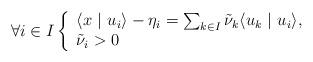
LaTeX: \begin{align*}\forall i \in I\left\{\begin{array}{l}\langle x \ |\ u_i \rangle-\eta_i= \sum_{k\in I} \tilde{\nu}_k \langle u_k \ |\ u_i \rangle, \\\tilde{\nu}_i>0\end{array} \right. \end{align*}